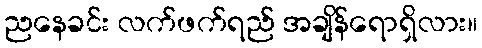
ညနေခင်း လက်ဖက်ရည် အချိန်ရောရှိလား။